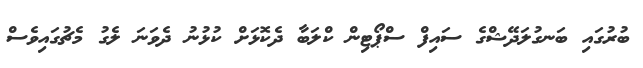
ބުރުގައި ބަނގުލަދޭޝްގެ ސައިފް ސްޕޯޓިން ކްލަބާ ދެކޮޅަށް ކުޅުނު ދެވަނަ ލެގު މެޗުގައިވެސް